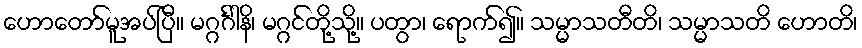
ဟောတော်မူအပ်ပြီ။ မဂ္ဂင်္ဂါနိ၊ မဂ္ဂင်တို့သို့။ ပတွာ၊ ရောက်၍။ သမ္မာသတီတိ၊ သမ္မာသတိ ဟောတိ၊